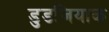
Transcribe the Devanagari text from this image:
डुडजियाक